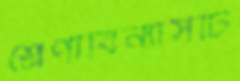
শ্রেণীবিন্যাসটি